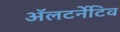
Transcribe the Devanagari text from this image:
ॲलटर्नेटिव